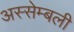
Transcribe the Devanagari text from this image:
अस्सेम्बली